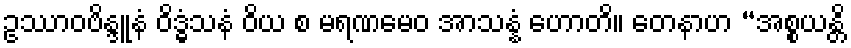
ဥဿာဝဗိန္ဒူနံ ဝိဒ္ဓံသနံ ဝိယ စ မရဏမေဝ အာသန္နံ ဟောတိ။ တေနာဟ “အစ္စယန္တိ